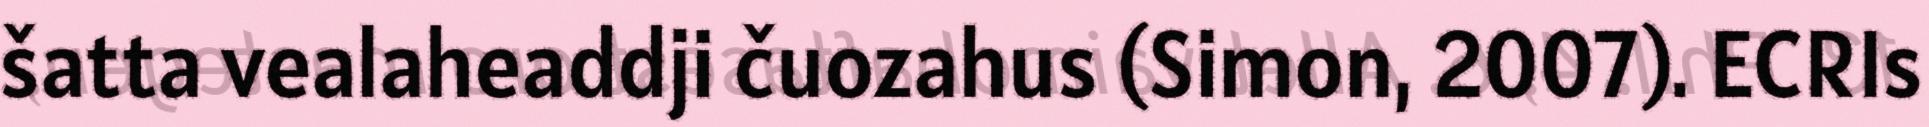
šatta vealaheaddji čuozahus (Simon, 2007). ECRIs